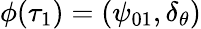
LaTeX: \phi(\tau_{1})=(\psi_{01},\delta_{\theta})